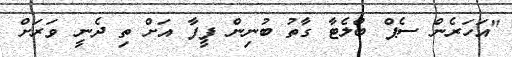
"އަހަރެން ސެޕް ބްލެޓާ ގާތު ބުނިން ފީފާ އަށް ތި ދެނީ ވަރަށް